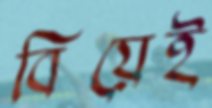
বিয়েই